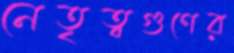
নেতৃত্বগুণের